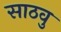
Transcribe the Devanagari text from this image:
साठवु